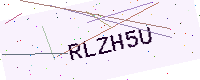
Text: RLZH5U